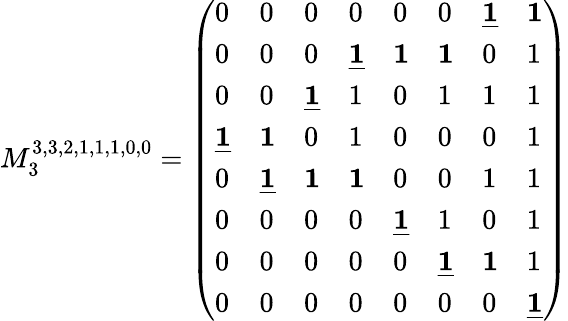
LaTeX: M_{3}^{3,3,2,1,1,1,0,0}=\left(\begin{array}{llllllll}{0}&{0}&{0}&{0}&{0}&{0}&{\underline{{\mathbf{1}}}}&{\mathbf{1}}\\ {0}&{0}&{0}&{\underline{{\mathbf{1}}}}&{\mathbf{1}}&{\mathbf{1}}&{0}&{1}\\ {0}&{0}&{\underline{{\mathbf{1}}}}&{1}&{0}&{1}&{1}&{1}\\ {\underline{{\mathbf{1}}}}&{\mathbf{1}}&{0}&{1}&{0}&{0}&{0}&{1}\\ {0}&{\underline{{\mathbf{1}}}}&{\mathbf{1}}&{\mathbf{1}}&{0}&{0}&{1}&{1}\\ {0}&{0}&{0}&{0}&{\underline{{\mathbf{1}}}}&{1}&{0}&{1}\\ {0}&{0}&{0}&{0}&{0}&{\underline{{\mathbf{1}}}}&{\mathbf{1}}&{1}\\ {0}&{0}&{0}&{0}&{0}&{0}&{0}&{\underline{{\mathbf{1}}}}\end{array}\right)